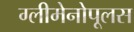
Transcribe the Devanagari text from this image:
ग्लीमेनोपूलस